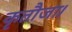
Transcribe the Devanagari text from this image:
कृतौजा।